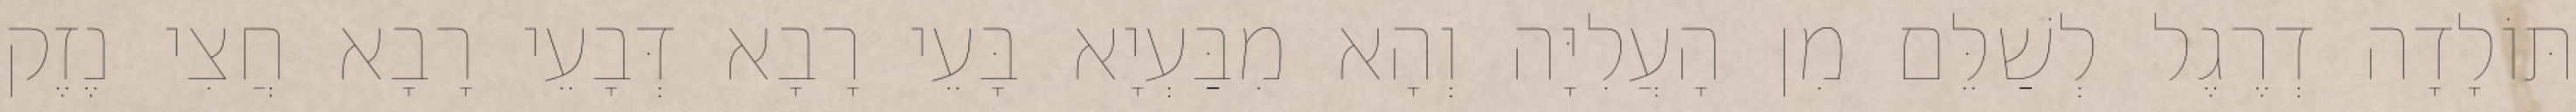
תּוֹלָדָה דְרֶגֶל לְשַׁלֵּם מִן הָעֲלִיָּה וְהָא מִבַּעְיָא בָּעֵי רָבָא דְּבָעֵי רָבָא חֲצִי נֶזֶק